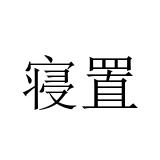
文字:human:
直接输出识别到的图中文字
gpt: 寝置